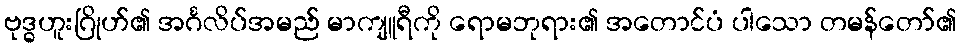
ဗုဒ္ဓဟူးဂြိုဟ်၏ အင်္ဂလိပ်အမည် မာကျူရီကို ရောမဘုရား၏ အတောင်ပံ ပါသော တမန်တော်၏